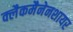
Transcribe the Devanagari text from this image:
क्लैकमैनेनशायर